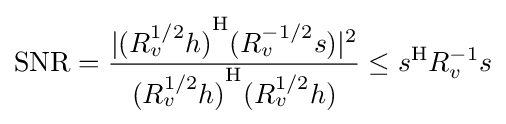
\mathrm {SNR} ={\frac {|{(R_{v}^{1/2}h)}^{\mathrm {H} }(R_{v}^{-1/2}s)|^{2}}{{(R_{v}^{1/2}h)}^{\mathrm {H} }(R_{v}^{1/2}h)}}\leq s^{\mathrm {H} }R_{v}^{-1}s